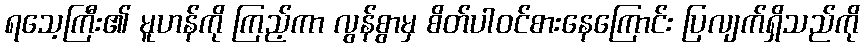
ရသေ့ကြီး၏ မူဟန်ကို ကြည့်ကာ လွန်စွာမှ စိတ်ပါဝင်စားနေကြောင်း ပြလျက်ရှိသည်ကို